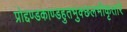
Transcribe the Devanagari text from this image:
प्रोद्दण्डकाण्डहुतभुक्छलभीकृतारे